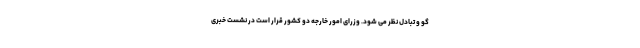
گو و تبادل نظر می شود. وزرای امور خارجه دو کشور قرار است در نشست خبری